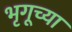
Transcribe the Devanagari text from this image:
भृगूच्या